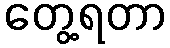
တွေ့ရတာ